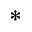
^ *